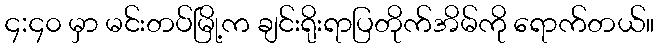
၄:၄၀ မှာ မင်းတပ်မြို့က ချင်းရိုးရာပြတိုက်အိမ်ကို ရောက်တယ်။